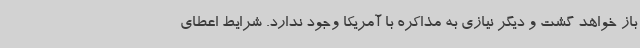
باز خواهد گشت و دیگر نیازی به مذاکره با آمریکا وجود ندارد. شرایط اعطای